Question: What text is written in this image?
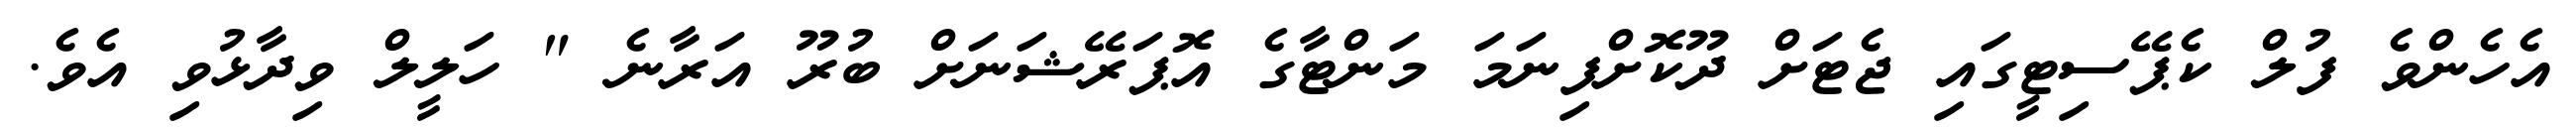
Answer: އެހެންވެ ފުލް ކެޕޭސިޓީގައި ޖެޓަށް ދޫކޮށްފިނަމަ މަންޓާގެ އޮޕަރޭޝަނަށް ބުރޫ އަރާނެ " ހަލީލް ވިދާޅުވި އެވެ.